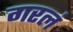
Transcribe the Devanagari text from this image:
गरलं